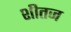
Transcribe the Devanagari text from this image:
शीतज